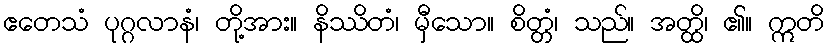
ဧတေသံ ပုဂ္ဂလာနံ၊ တို့အား။ နိဿိတံ၊ မှီသော။ စိတ္တံ၊ သည်။ အတ္ထိ၊ ၏။ ဣတိ